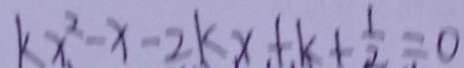
k x ^ { 2 } - x - 2 k x + k + \frac { 1 } { 2 } = 0